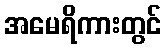
အမေရိကားတွင်